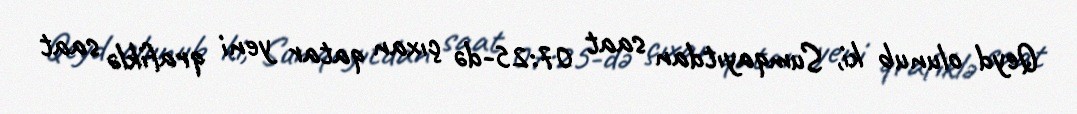
Qeyd olunub ki, Sumqayıtdan saat 07:25-də çıxan qatar yeni qrafiklə saat